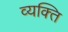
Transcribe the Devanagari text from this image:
व्‍यक्‍ति